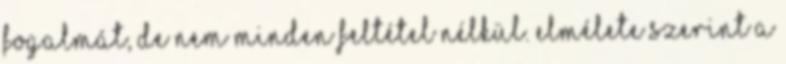
fogalmát, de nem minden feltétel nélkül. Elmélete szerint a